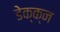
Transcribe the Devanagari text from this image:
डेक्क्न